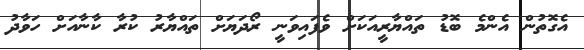
އެގޮތުން އެންމެ ބޮޑު ތައްޔާރީއަކަށް ވެފައިވަނީ ރޯދަޔަށް ތައްޔާރު ކުރާ ކާނާއަށް ހަވާދު